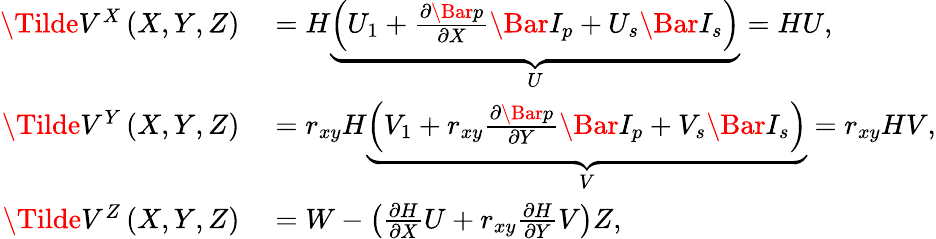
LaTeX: \begin{array}{rl}{\Tilde{V}^{X}\left(X,Y,Z\right)}&{{}=H\underbrace{\left(U_{1}+\frac{\partial\Bar{p}}{\partial X}\Bar{I}_{p}+U_{s}\Bar{I}_{s}\right)}_{U}=HU,}\\ {\Tilde{V}^{Y}\left(X,Y,Z\right)}&{{}=r_{xy}H\underbrace{\left(V_{1}+r_{xy}\frac{\partial\Bar{p}}{\partial Y}\Bar{I}_{p}+V_{s}\Bar{I}_{s}\right)}_{V}=r_{xy}HV,}\\ {\Tilde{V}^{Z}\left(X,Y,Z\right)}&{{}=W-\left(\frac{\partial H}{\partial X}U+r_{xy}\frac{\partial H}{\partial Y}V\right)Z,}\end{array}